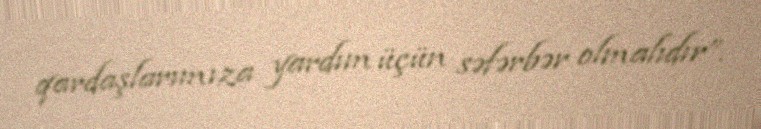
qardaşlarımıza yardım üçün səfərbər olmalıdır”.